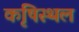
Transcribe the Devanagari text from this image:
कृषिस्थल